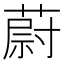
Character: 蔚